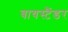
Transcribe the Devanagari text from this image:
बायस्टैंडर